Plague in India, 1896, 1897 - Volume 3
Year: 1896
Disease focus: Plague
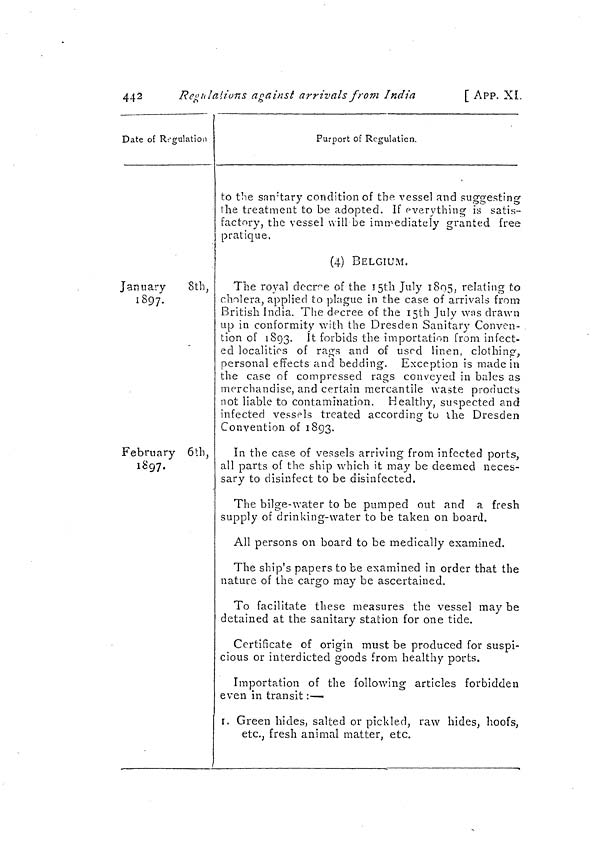
442
Regulations against arrivals from India
[ APP. XL
Date of Regulation
January
8th,
1897.
February 6th,
1897.
Purport of Regulation.
to the sanitary condition of the vessel and suggesting
the treatment to be adopted. If everything is satis-
factory, the vessel will be immediately granted free
pratique.
(4) BELGIUM.
The royal decree of the 15th July 1805, relating to
cholera, applied to plague in the case of arrivals from
British India. The decree of the 15th July was drawn
up in conformity with the Dresden Sanitary Conven-
tion of 1893. It forbids the importation from infect-
ed localities of rags and of used linen, clothing,,
personal effects and bedding. Exception is made in
the case of compressed rags conveyed in bales as
merchandise, and certain mercantile waste products
not liable to contamination. Healthy, suspected and
infected vessels treated according to the Dresden
Convention of 1893.
In the case of vessels arriving from infected ports,
all parts of the ship which it may be deemed neces-
sary to disinfect to be disinfected.
The bilge-water to be pumped out and a fresh
supply of drinking-water to be taken on board.
All persons on board to be medically examined.
The ship's papers to be examined in order that the
nature of the cargo may be ascertained.
To facilitate these measures the vessel may be
detained at the sanitary station for one tide.
Certificate of origin must be produced for suspi-
cious or interdicted goods from healthy ports.
Importation of the following articles forbidden
even in transit :—
I. Green hides, salted or pickled, raw hides, hoofs,
etc., fresh animal matter, etc.